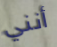
أنني